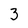
Character: 3